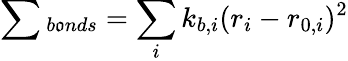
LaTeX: \sum{_{b\mathfrak{o}nds}}=\sum_{i}k_{b,i}(r_{i}-r_{0,i})^{2}